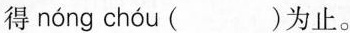
得 nóng chóu ( )为止。